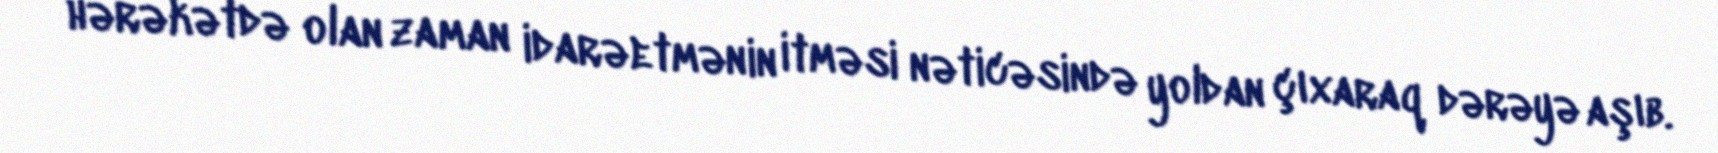
hərəkətdə olan zaman idarəetmənin itməsi nəticəsində yoldan çıxaraq dərəyə aşıb.